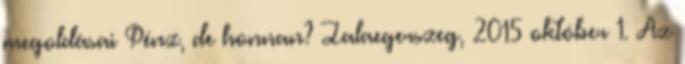
megoldásai Pénz, de honnan? Zalaegerszeg, 2015 október 1. Az